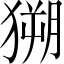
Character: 𱮗